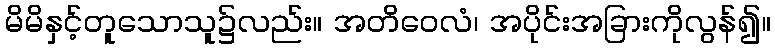
မိမိနှင့်တူသောသူ၌လည်း။ အတိဝေလံ၊ အပိုင်းအခြားကိုလွန်၍။